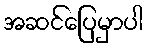
အဆင်ပြေမှာပါ